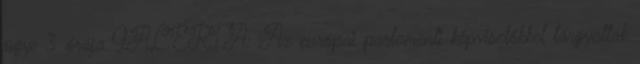
ügye 3 órája GALÉRIA: Az európai parlamenti képviselőkkel tárgyaltak